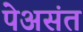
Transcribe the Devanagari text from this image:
पेअसंत